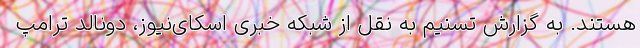
هستند. به گزارش تسنیم به نقل از شبکه خبری اسکای‌نیوز، دونالد ترامپ